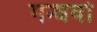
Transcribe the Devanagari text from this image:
गन्धर्वो